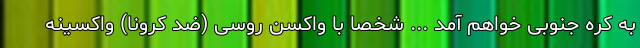
به کره جنوبی خواهم آمد ... شخصاً با واکسن روسی (ضد کرونا) واکسینه